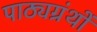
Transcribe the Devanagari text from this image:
पाठ्यग्रंथों